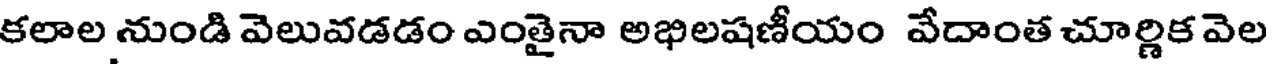
కలాల నుండి వెలువడడం ఎంతైనా అభిలషణీయం వేదాంత చూర్ణిక వెల